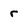
Character: r